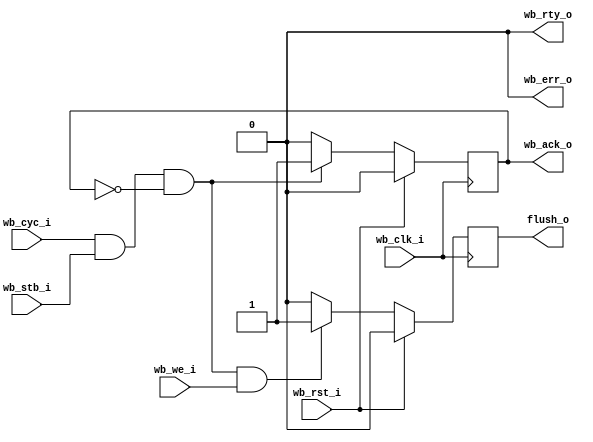
/***************************************************************************
 *                                                                         *
 *   wb_cache_flush.v - Cache memory stored in Xilinx Block RAMs.          *
 *                                                                         *
 *   Copyright (C) 2008 by Patrick Suggate                                 *
 *   patrick@physics.otago.ac.nz                                           *
 *                                                                         *
 *   This program is free software; you can redistribute it and/or modify  *
 *   it under the terms of the GNU General Public License as published by  *
 *   the Free Software Foundation; either version 2 of the License, or     *
 *   (at your option) any later version.                                   *
 *                                                                         *
 *   This program is distributed in the hope that it will be useful,       *
 *   but WITHOUT ANY WARRANTY; without even the implied warranty of        *
 *   MERCHANTABILITY or FITNESS FOR A PARTICULAR PURPOSE.  See the         *
 *   GNU General Public License for more details.                          *
 *                                                                         *
 *   You should have received a copy of the GNU General Public License     *
 *   along with this program; if not, write to the                         *
 *   Free Software Foundation, Inc.,                                       *
 *   59 Temple Place - Suite 330, Boston, MA  02111-1307, USA.             *
 ***************************************************************************/

`timescale 1ns/100ps
module wb_cache_flush #(
	parameter	HIGHZ	= 0
) (
	input		wb_clk_i,
	input		wb_rst_i,
	
	input		wb_cyc_i,
	input		wb_stb_i,
	input		wb_we_i,
	output		wb_ack_o,
	output		wb_rty_o,
	output		wb_err_o,
	
	output	reg	flush_o	= 0
);

reg	sel	= 0;

assign	#2 wb_ack_o	= HIGHZ ? (sel ? 1'b1 : 1'bz) : sel ;
assign	#2 wb_rty_o	= HIGHZ ? (sel ? 1'b0 : 1'bz) : 1'b0 ;
assign	#2 wb_err_o	= HIGHZ ? (sel ? 1'b0 : 1'bz) : 1'b0 ;

always @(posedge wb_clk_i)
	if (wb_rst_i)				sel	<= #2 1'b0;
	else if (wb_cyc_i && wb_stb_i && ~sel)	sel	<= #2 1'b1;
	else					sel	<= #2 1'b0;

always @(posedge wb_clk_i)
	if (wb_rst_i)
		flush_o	<= #2 0;
	else if (wb_cyc_i && wb_stb_i && ~sel && wb_we_i)
		flush_o	<= #2 1;
	else
		flush_o	<= #2 0;

endmodule	// wb_cache_flush